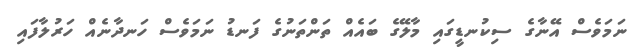
ނަމަވެސް އޭނާގެ ސިކުނޑީގައި މާލޭގެ ބައެއް ތަންތަނުގެ ފަނޑު ނަމަވެސް ހަނދާނެއް ހަރުލާފައި